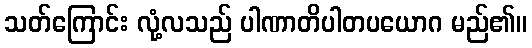
သတ်ကြောင်း လုံ့လသည် ပါဏာတိပါတပယောဂ မည်၏။